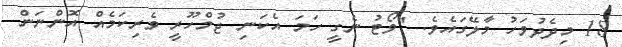
18 މިދެދުވަހު މާލޭގައެވެ. "ވޯޓު ނެގީ ހަމަ އެކަނި ޖުމްހޫރީ ވެރިކަމެއް އޮންނަން